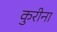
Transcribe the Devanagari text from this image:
कुरीना